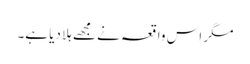
مگر اس واقعہ نے مجھے ہلا دیا ہے۔